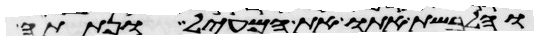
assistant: והלבשת אתו את המעיל ונתתה